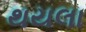
થયલા